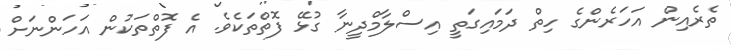
ތެރެއިން އަހަރެންގެ ހިތް ދަމައިގަތީ އިސްލާމްދީނާ ގުޅޭ ފޮތްތަކެވެ. އެ ފޮތްތަކުން އަހަންނަށް